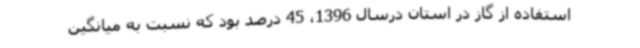
استفاده از گاز در استان درسال 1396، 45 درصد بود که نسبت به میانگین